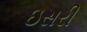
ઇસરી